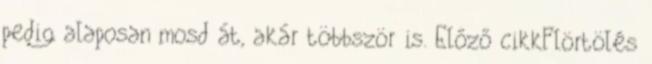
pedig alaposan mosd át, akár többször is. Előző cikkFlörtölés